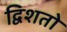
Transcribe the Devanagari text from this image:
द्विशतो